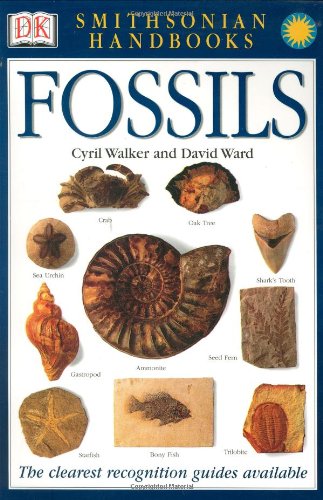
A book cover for Smithsonian Handbooks: Fossils; David Ward; Science & Math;